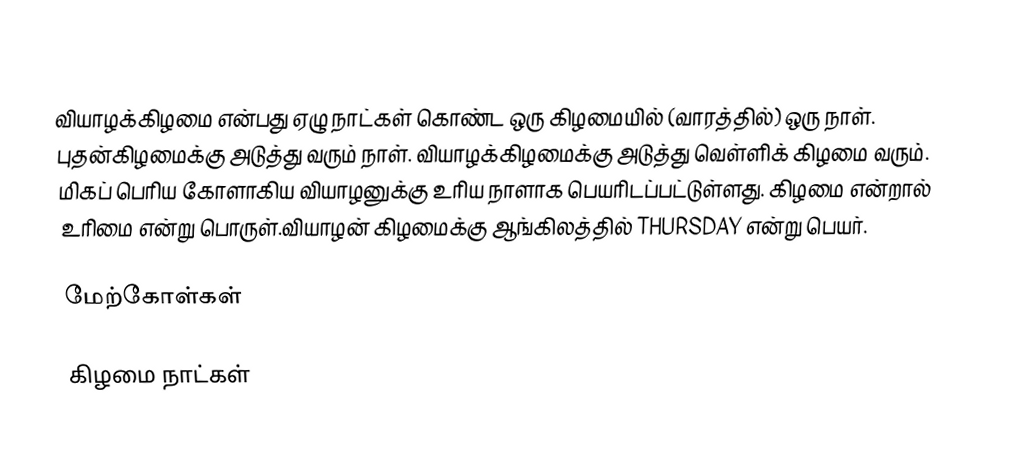
வியாழக்கிழமை என்பது ஏழு நாட்கள் கொண்ட ஒரு கிழமையில் (வாரத்தில்) ஒரு நாள். புதன்கிழமைக்கு அடுத்து வரும் நாள். வியாழக்கிழமைக்கு அடுத்து வெள்ளிக் கிழமை வரும். மிகப் பெரிய கோளாகிய வியாழனுக்கு உரிய நாளாக பெயரிடப்பட்டுள்ளது. கிழமை என்றால் உரிமை என்று பொருள்.வியாழன் கிழமைக்கு ஆங்கிலத்தில் THURSDAY என்று பெயர்.

மேற்கோள்கள்

கிழமை நாட்கள்